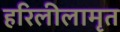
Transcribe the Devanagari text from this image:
हरिलीलामृत